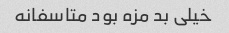
خیلی بد مزه بود متاسفانه